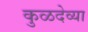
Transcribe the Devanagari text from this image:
कुळदेव्या